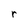
Character: r